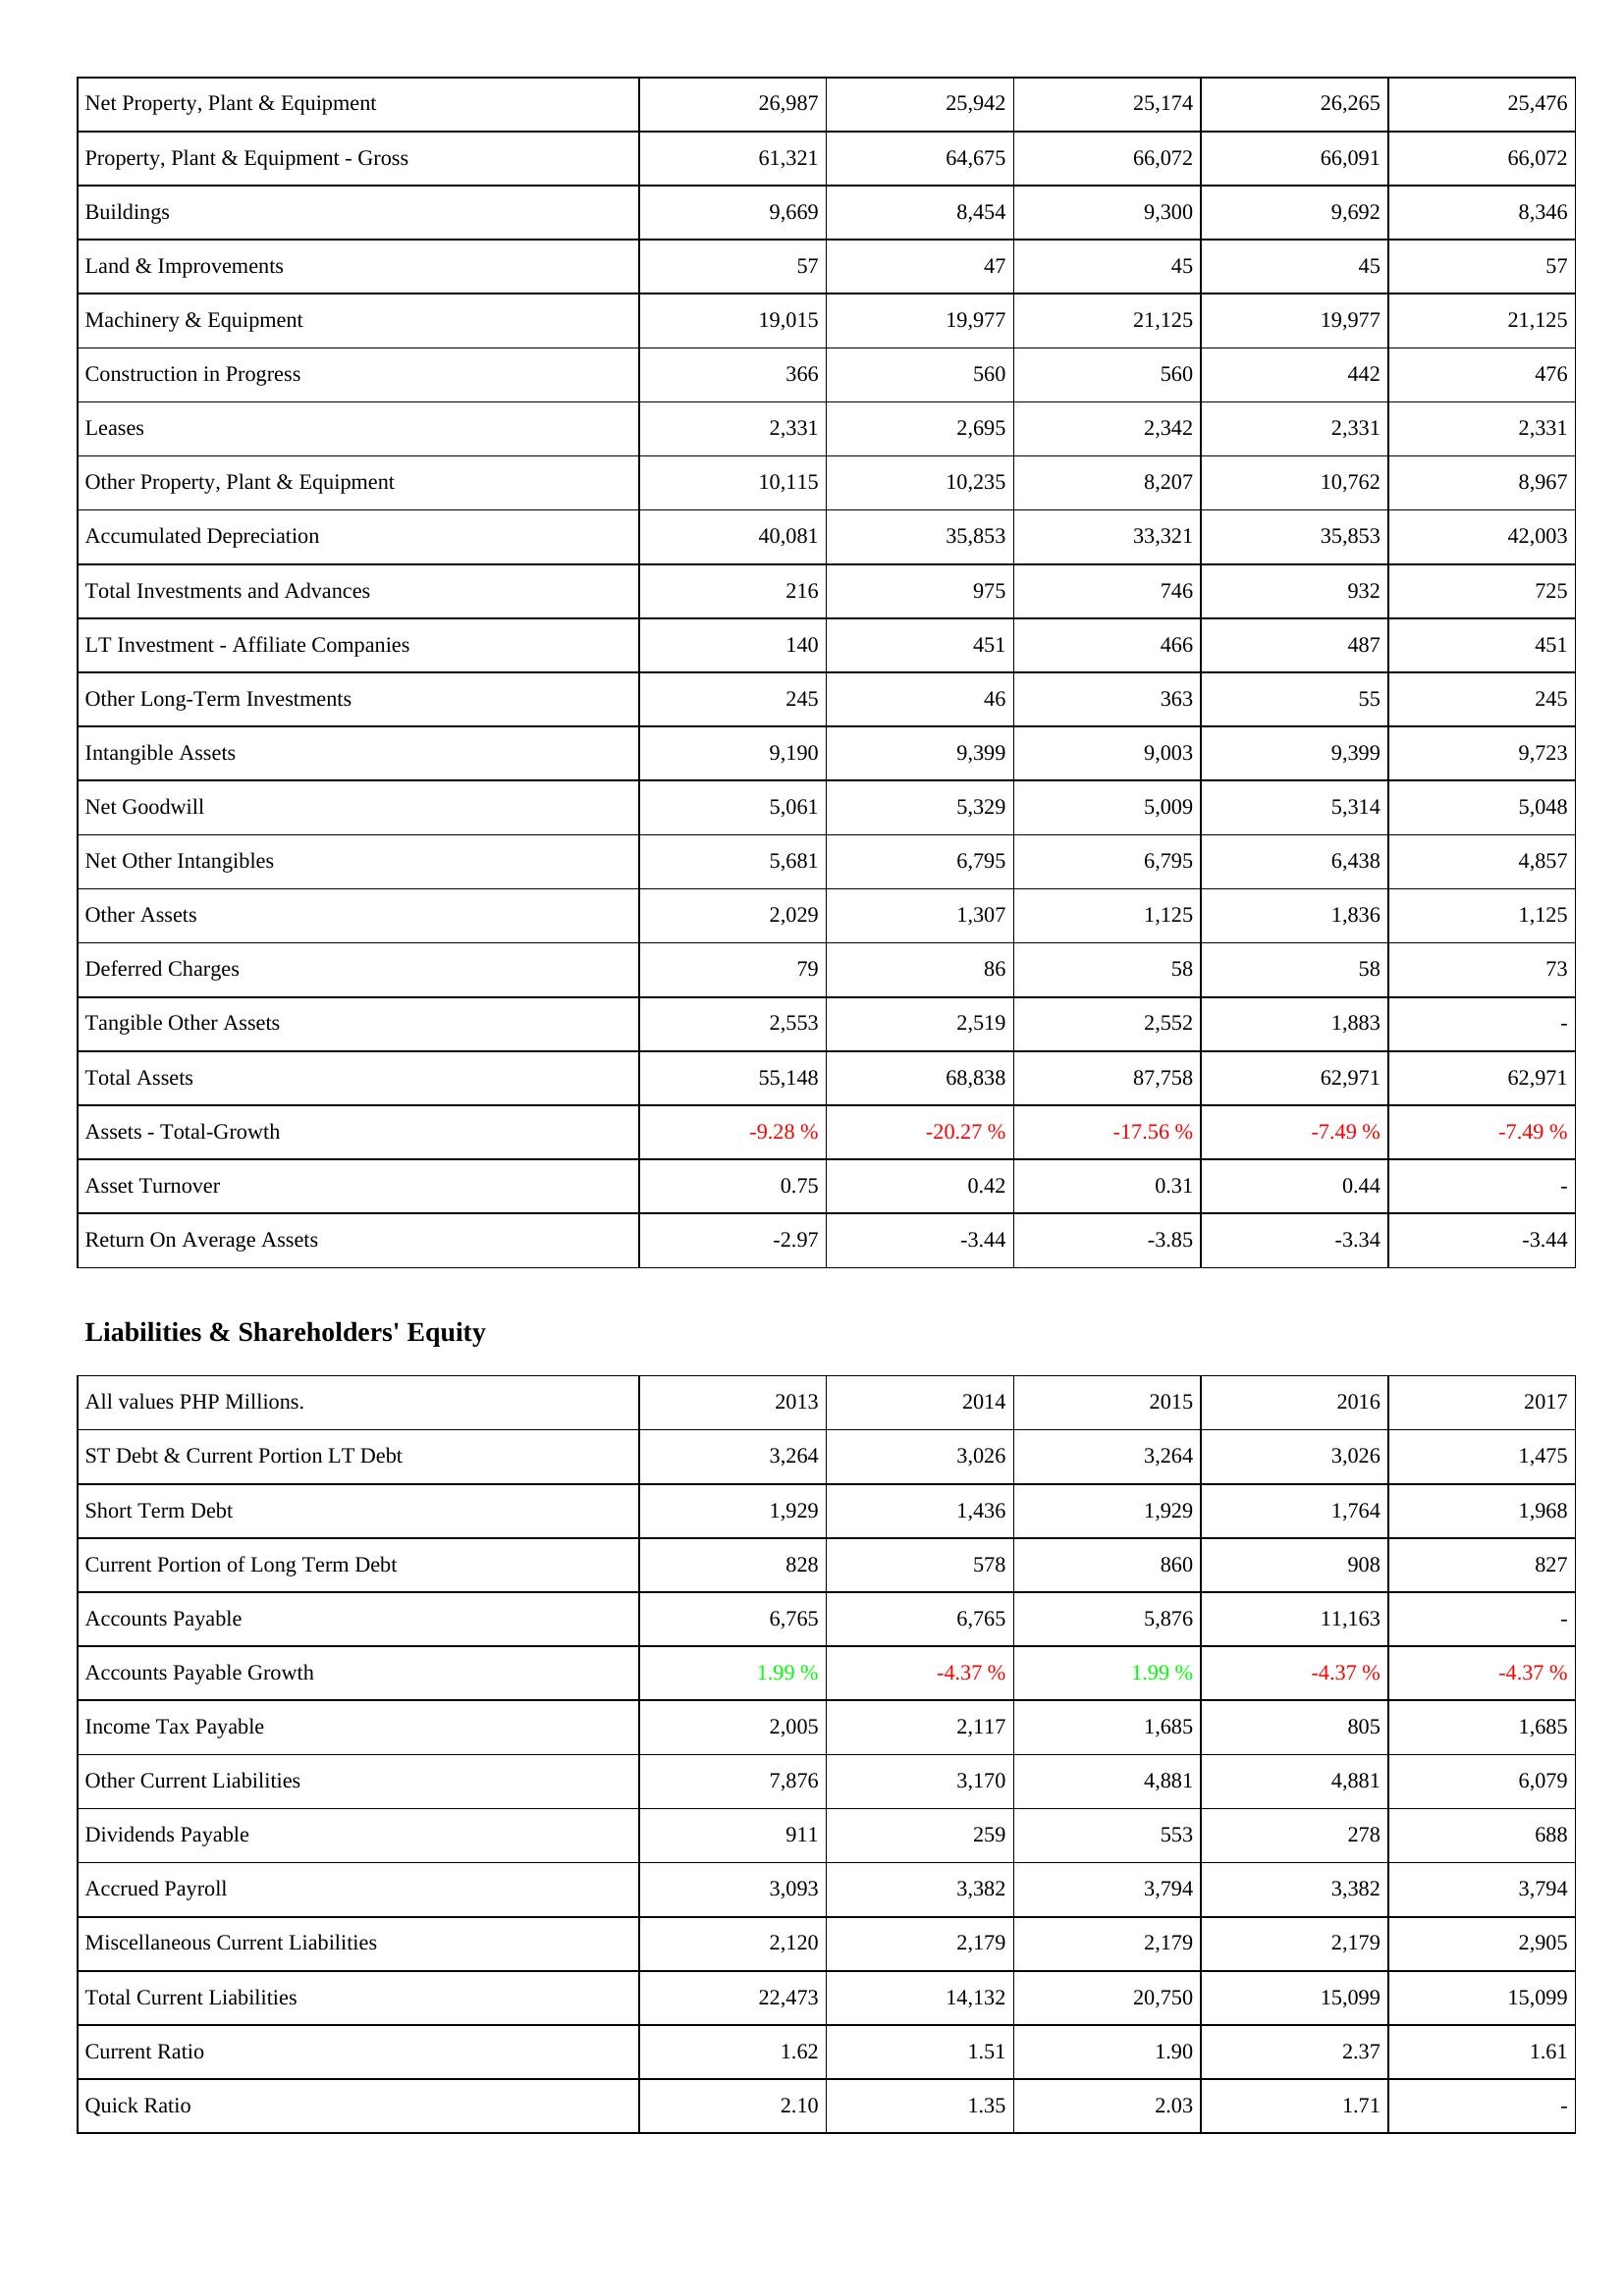
2013: Assets: Net Property, Plant & Equipment: 26,987
Property, Plant & Equipment - Gross: 61,321
Buildings: 9,669
Land & Improvements: 57
Machinery & Equipment: 19,015
Construction in Progress: 366
Leases: 2,331
Other Property, Plant & Equipment: 10,115
Accumulated Depreciation: 40,081
Total Investments and Advances: 216
LT Investment - Affiliate Companies: 140
Other Long-Term Investments: 245
Intangible Assets: 9,190
Net Goodwill: 5,061
Net Other Intangibles: 5,681
Other Assets: 2,029
Deferred Charges: 79
Tangible Other Assets: 2,553
Total Assets: 55,148
Assets - Total-Growth: -9.28 %
Asset Turnover: 0.75
Return On Average Assets: -2.97
Liabilities & Shareholders' Equity: ST Debt & Current Portion LT Debt: 3,264
Short Term Debt: 1,929
Current Portion of Long Term Debt: 828
Accounts Payable: 6,765
Accounts Payable Growth: 1.99 %
Income Tax Payable: 2,005
Other Current Liabilities: 7,876
Dividends Payable: 911
Accrued Payroll: 3,093
Miscellaneous Current Liabilities: 2,120
Total Current Liabilities: 22,473
Current Ratio: 1.62
Quick Ratio: 2.10
2014: Assets: Net Property, Plant & Equipment: 25,942
Property, Plant & Equipment - Gross: 64,675
Buildings: 8,454
Land & Improvements: 47
Machinery & Equipment: 19,977
Construction in Progress: 560
Leases: 2,695
Other Property, Plant & Equipment: 10,235
Accumulated Depreciation: 35,853
Total Investments and Advances: 975
LT Investment - Affiliate Companies: 451
Other Long-Term Investments: 46
Intangible Assets: 9,399
Net Goodwill: 5,329
Net Other Intangibles: 6,795
Other Assets: 1,307
Deferred Charges: 86
Tangible Other Assets: 2,519
Total Assets: 68,838
Assets - Total-Growth: -20.27 %
Asset Turnover: 0.42
Return On Average Assets: -3.44
Liabilities & Shareholders' Equity: ST Debt & Current Portion LT Debt: 3,026
Short Term Debt: 1,436
Current Portion of Long Term Debt: 578
Accounts Payable: 6,765
Accounts Payable Growth: -4.37 %
Income Tax Payable: 2,117
Other Current Liabilities: 3,170
Dividends Payable: 259
Accrued Payroll: 3,382
Miscellaneous Current Liabilities: 2,179
Total Current Liabilities: 14,132
Current Ratio: 1.51
Quick Ratio: 1.35
2015: Assets: Net Property, Plant & Equipment: 25,174
Property, Plant & Equipment - Gross: 66,072
Buildings: 9,300
Land & Improvements: 45
Machinery & Equipment: 21,125
Construction in Progress: 560
Leases: 2,342
Other Property, Plant & Equipment: 8,207
Accumulated Depreciation: 33,321
Total Investments and Advances: 746
LT Investment - Affiliate Companies: 466
Other Long-Term Investments: 363
Intangible Assets: 9,003
Net Goodwill: 5,009
Net Other Intangibles: 6,795
Other Assets: 1,125
Deferred Charges: 58
Tangible Other Assets: 2,552
Total Assets: 87,758
Assets - Total-Growth: -17.56 %
Asset Turnover: 0.31
Return On Average Assets: -3.85
Liabilities & Shareholders' Equity: ST Debt & Current Portion LT Debt: 3,264
Short Term Debt: 1,929
Current Portion of Long Term Debt: 860
Accounts Payable: 5,876
Accounts Payable Growth: 1.99 %
Income Tax Payable: 1,685
Other Current Liabilities: 4,881
Dividends Payable: 553
Accrued Payroll: 3,794
Miscellaneous Current Liabilities: 2,179
Total Current Liabilities: 20,750
Current Ratio: 1.90
Quick Ratio: 2.03
2016: Assets: Net Property, Plant & Equipment: 26,265
Property, Plant & Equipment - Gross: 66,091
Buildings: 9,692
Land & Improvements: 45
Machinery & Equipment: 19,977
Construction in Progress: 442
Leases: 2,331
Other Property, Plant & Equipment: 10,762
Accumulated Depreciation: 35,853
Total Investments and Advances: 932
LT Investment - Affiliate Companies: 487
Other Long-Term Investments: 55
Intangible Assets: 9,399
Net Goodwill: 5,314
Net Other Intangibles: 6,438
Other Assets: 1,836
Deferred Charges: 58
Tangible Other Assets: 1,883
Total Assets: 62,971
Assets - Total-Growth: -7.49 %
Asset Turnover: 0.44
Return On Average Assets: -3.34
Liabilities & Shareholders' Equity: ST Debt & Current Portion LT Debt: 3,026
Short Term Debt: 1,764
Current Portion of Long Term Debt: 908
Accounts Payable: 11,163
Accounts Payable Growth: -4.37 %
Income Tax Payable: 805
Other Current Liabilities: 4,881
Dividends Payable: 278
Accrued Payroll: 3,382
Miscellaneous Current Liabilities: 2,179
Total Current Liabilities: 15,099
Current Ratio: 2.37
Quick Ratio: 1.71
2017: Assets: Net Property, Plant & Equipment: 25,476
Property, Plant & Equipment - Gross: 66,072
Buildings: 8,346
Land & Improvements: 57
Machinery & Equipment: 21,125
Construction in Progress: 476
Leases: 2,331
Other Property, Plant & Equipment: 8,967
Accumulated Depreciation: 42,003
Total Investments and Advances: 725
LT Investment - Affiliate Companies: 451
Other Long-Term Investments: 245
Intangible Assets: 9,723
Net Goodwill: 5,048
Net Other Intangibles: 4,857
Other Assets: 1,125
Deferred Charges: 73
Tangible Other Assets: -
Total Assets: 62,971
Assets - Total-Growth: -7.49 %
Asset Turnover: -
Return On Average Assets: -3.44
Liabilities & Shareholders' Equity: ST Debt & Current Portion LT Debt: 1,475
Short Term Debt: 1,968
Current Portion of Long Term Debt: 827
Accounts Payable: -
Accounts Payable Growth: -4.37 %
Income Tax Payable: 1,685
Other Current Liabilities: 6,079
Dividends Payable: 688
Accrued Payroll: 3,794
Miscellaneous Current Liabilities: 2,905
Total Current Liabilities: 15,099
Current Ratio: 1.61
Quick Ratio: -